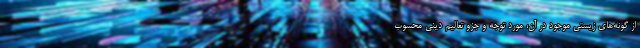
از گونه‌های زیستی موجود در آن، مورد توجه و جزو تعالیم دینی محسوب